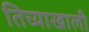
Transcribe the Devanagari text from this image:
तिच्याखाली